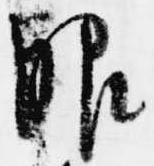
服